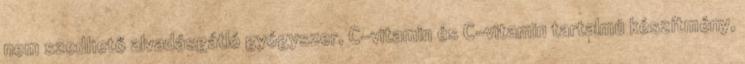
nem szedhető alvadásgátló gyógyszer, C-vitamin és C-vitamin tartalmú készítmény,